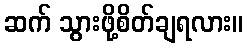
ဆက် သွားဖို့စိတ်ချရလား။